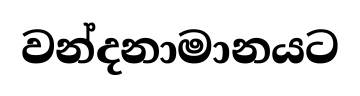
වන්දනාමානයට